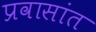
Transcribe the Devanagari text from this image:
प्रवासांत